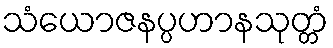
သံယောဇနပ္ပဟာနသုတ္တံ